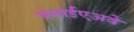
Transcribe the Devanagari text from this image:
फ्लाईएअवे